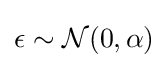
\epsilon \sim {\mathcal {N}}(0,\alpha )